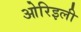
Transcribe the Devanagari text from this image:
ओरिइली